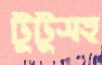
টুটুসহ